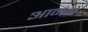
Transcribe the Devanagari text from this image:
आनंदो